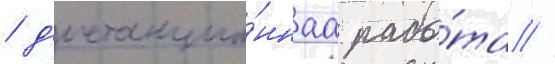
/ д'истанцио́ннаа рабо́та //